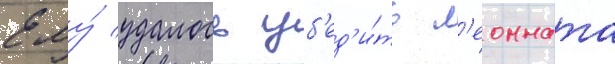
Ему́ удалось уб'ед'и́ть л'еонната